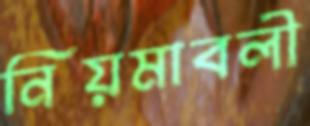
নিয়মাবলী